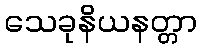
သေခုနိယနတ္တာ